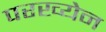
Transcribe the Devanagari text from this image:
परख्येन